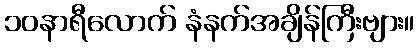
၁၀နာရီလောက် နံနက်အချိန်ကြီးဗျား။